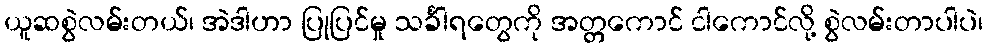
ယူဆစွဲလမ်းတယ်၊ အဲဒါဟာ ပြုပြင်မှု သင်္ခါရတွေကို အတ္တကောင် ငါကောင်လို့ စွဲလမ်းတာပါပဲ၊